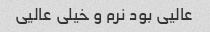
عالیی بود نرم و خیلی عالیی